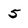
Character: 5